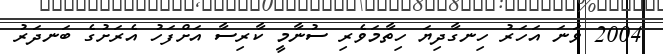
2004 ވަނަ އަހަރު ހިނގާދިޔަ ހިތާމަވެރި ސުނާމީ ކާރިސާ އަށްފަހު އެރަށުގެ ބަނދަރު